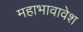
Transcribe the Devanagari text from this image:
महाभावावेश